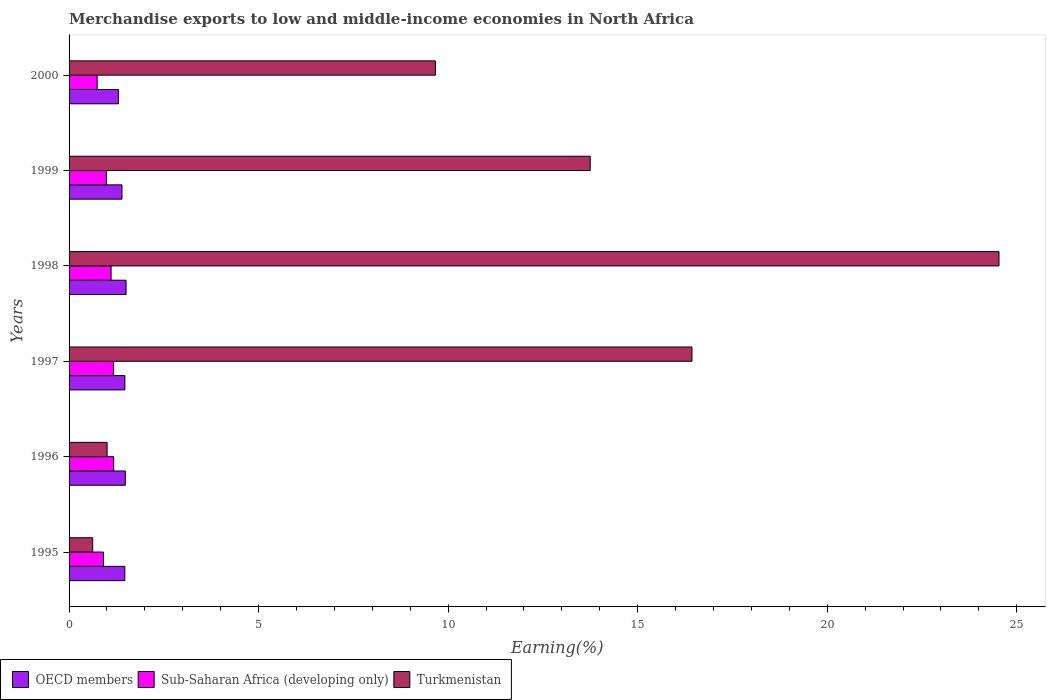
| Years | OECD members | Sub-Saharan Africa (developing only) | Turkmenistan |
 | --- | --- | --- | --- |
 | 1995 | 1.47 | 0.908 | 0.623 |
 | 1996 | 1.48 | 1.18 | 1 |
 | 1997 | 1.47 | 1.18 | 16.4 |
 | 1998 | 1.5 | 1.11 | 24.5 |
 | 1999 | 1.4 | 0.985 | 13.7 |
 | 2000 | 1.3 | 0.742 | 9.66 |